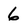
Character: 6